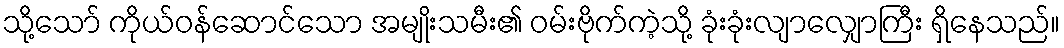
သို့သော် ကိုယ်ဝန်ဆောင်သော အမျိုးသမီး၏ ဝမ်းဗိုက်ကဲ့သို့ ခုံးခုံးလျာလျှောကြီး ရှိနေသည်။